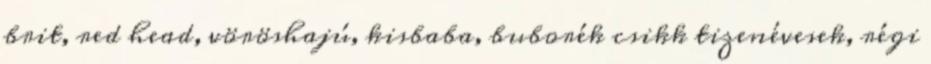
brit, red head, vöröshajú, kisbaba, buborék csikk tizenévesek, régi